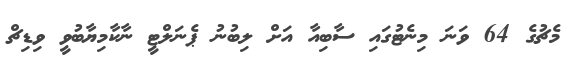
މެޗުގެ 64 ވަނަ މިނެޓުގައި ސާބިއާ އަށް ލިބުނު ޕެނަލްޓީ ނާކާމިޔާބުވީ ވިޑިޗް